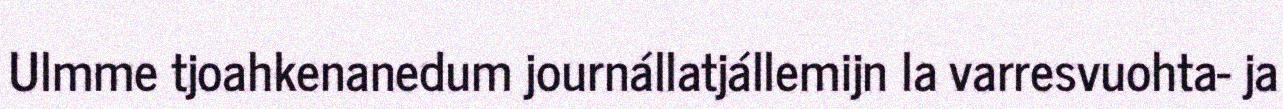
Ulmme tjoahkenanedum journállatjállemijn la varresvuohta- ja